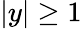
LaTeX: \vert y\vert\ge 1